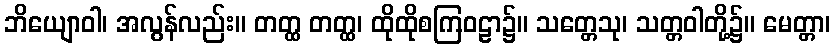
ဘိယျောဝါ၊ အလွန်လည်း။ တတ္ထ တတ္ထ၊ ထိုထိုစကြဝဠာ၌။ သတ္တေသု၊ သတ္တဝါတို့၌။ မေတ္တာ၊